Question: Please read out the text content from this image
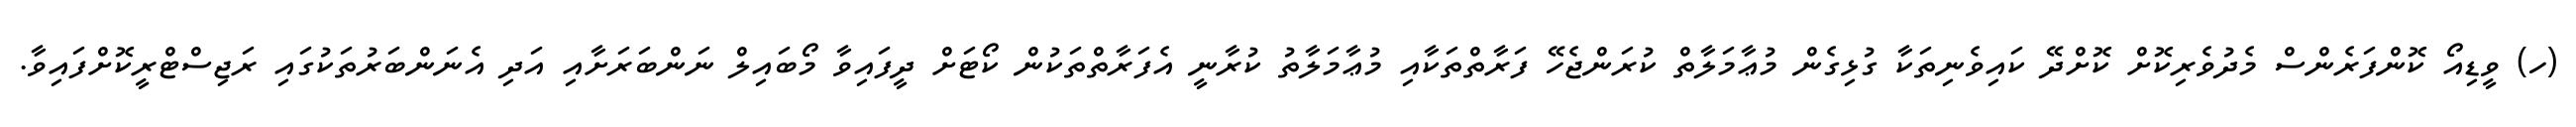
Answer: (ހ) ވީޑިއޯ ކޮންފަރެންސް މެދުވެރިކޮށް ކޮށްދޭ ކައިވެނިތަކާ ގުޅިގެން މުޢާމަލާތް ކުރަންޖެހޭ ފަރާތްތަކާއި މުޢާމަލާތު ކުރާނީ އެފަރާތްތަކުން ކޯޓަށް ދީފައިވާ މޯބައިލް ނަންބަރަށާއި އަދި އެނަންބަރުތަކުގައި ރަޖިސްޓްރީކޮށްފައިވާ.